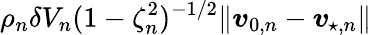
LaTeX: \rho_{n}\delta V_{n}(1-\zeta_{n}^{2})^{-1/2}\lVert\boldsymbol{v}_{0,n}-\boldsymbol{v}_{\! \; \! \star,n}\rVert